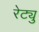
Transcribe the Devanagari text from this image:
रेट्यु